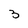
Character: 3